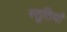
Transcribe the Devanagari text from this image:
स्‍तुतियाँ